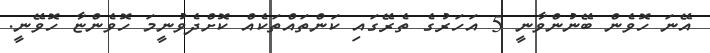
އޭނަ ހޮވެން ބޭނުންވާނީ 5 އަހަރުގެ ތެރޭގައި ކަންތައްތަކެއް ކޮށްދެވުނީމަ ހޮވެންޏާ ހޮވޭނީ.